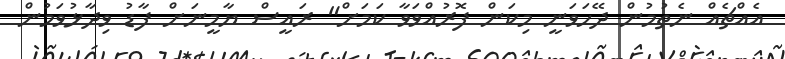
އެއްޗެއް ނެތުމުން ދޭހަވަނީ މިކަން ފޮރުއްވަވާ ކަމަށް" ރައީސް ޔާމީނަށް ފާޑު ވިދާޅުވަމުން